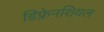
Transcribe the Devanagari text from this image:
डिफ्रेनशियल